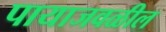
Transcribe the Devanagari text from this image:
पायाजवळील